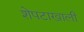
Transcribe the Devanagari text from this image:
शेपटाखाली